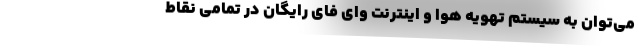
می‌توان به سیستم تهویه هوا و اینترنت وای فای رایگان در تمامی نقاط